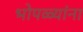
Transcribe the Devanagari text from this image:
भोपळ्यांना